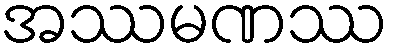
အဿမဏဿ